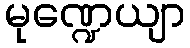
မုဏ္ဍေယျာ